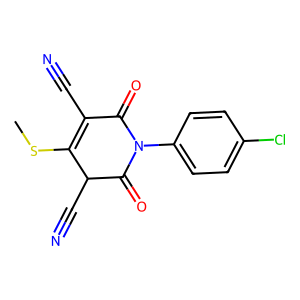
SMILES: CSC1=C(C#N)C(=O)N(c2ccc(Cl)cc2)C(=O)C1C#N
Inhibits HIV replication: No